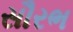
સૌરભ